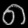
Digit: ၈